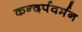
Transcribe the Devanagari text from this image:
कन्दर्पवर्मन